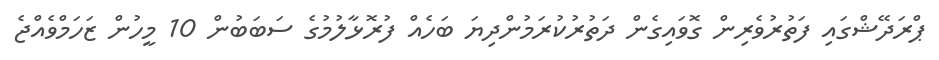
ޕްރަދޭޝްގައި ފަތުރުވެރިން ގޮވައިގެން ދަތުރުކުރަމުންދިޔަ ބަހެއް ފުރޮޅާލުމުގެ ސަބަބުން 10 މީހުން ޒަހަމްވެއްޖެ